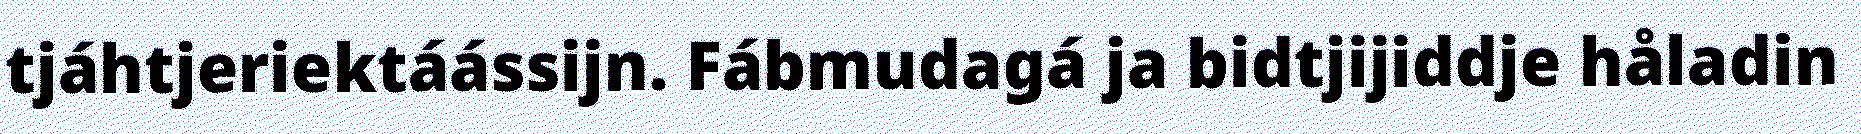
tjáhtjeriektáássijn. Fábmudagá ja bidtjijiddje håladin